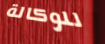
للوكالة